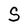
Character: S